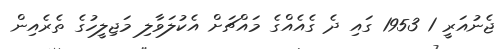
ޖެނުއަރީ 1 1953 ގައި ދެ ގެއެއްގެ މައްޗަށް އެކުލަވާލި މަޖިލީހުގެ ތެރެއިން